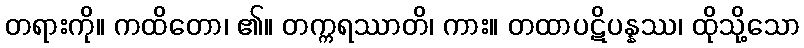
တရားကို။ ကထိတော၊ ၏။ တက္ကရဿာတိ၊ ကား။ တထာပဋိပန္နဿ၊ ထိုသို့သော